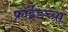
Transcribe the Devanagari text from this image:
फ्रॉईडच्या